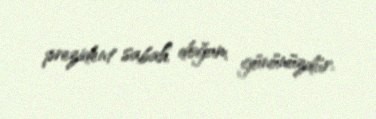
prezident sabah doğum gününüzdür.